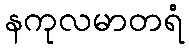
နကုလမာတရံ